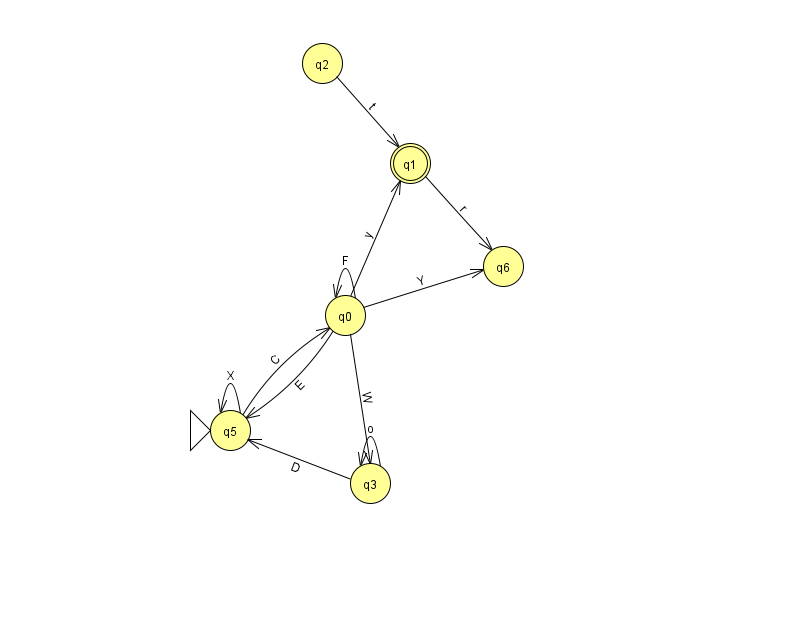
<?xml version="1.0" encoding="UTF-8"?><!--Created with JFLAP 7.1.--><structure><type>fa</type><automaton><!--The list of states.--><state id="0" name="q0"><x>345.0</x><y>302.0</y></state><state id="1" name="q1"><x>410.0</x><y>150.0</y><final/></state><state id="2" name="q2"><x>322.0</x><y>50.0</y></state><state id="3" name="q3"><x>370.0</x><y>470.0</y></state><state id="5" name="q5"><x>230.0</x><y>417.0</y><initial/></state><state id="6" name="q6"><x>503.0</x><y>253.0</y></state><!--The list of transitions.--><transition><from>5</from><to>0</to><read>C</read></transition><transition><from>1</from><to>6</to><read>r</read></transition><transition><from>0</from><to>1</to><read>y</read></transition><transition><from>0</from><to>6</to><read>Y</read></transition><transition><from>0</from><to>0</to><read>F</read></transition><transition><from>0</from><to>5</to><read>E</read></transition><transition><from>5</from><to>5</to><read>X</read></transition><transition><from>0</from><to>3</to><read>W</read></transition><transition><from>2</from><to>1</to><read>t</read></transition><transition><from>3</from><to>3</to><read>o</read></transition><transition><from>3</from><to>5</to><read>D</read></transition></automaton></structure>